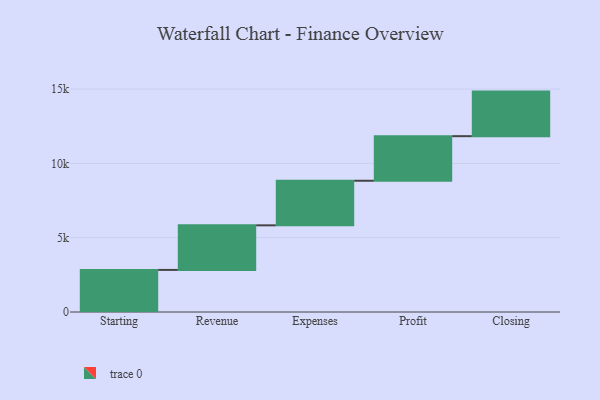
{"axis": {"x": "Step", "y": "Value"}, "legend": [""], "data": [{"x": "Starting", "y": 2833.0, "type": ""}, {"x": "Revenue", "y": 3000, "type": ""}, {"x": "Expenses", "y": 3000, "type": ""}, {"x": "Profit", "y": 3000, "type": ""}, {"x": "Closing", "y": 3000, "type": ""}]}